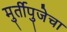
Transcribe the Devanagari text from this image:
मुर्तीपुजेचा